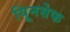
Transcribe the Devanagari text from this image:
यूिनसेफ